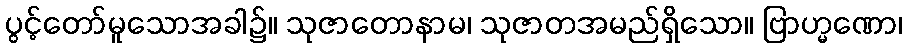
ပွင့်တော်မူသောအခါ၌။ သုဇာတောနာမ၊ သုဇာတအမည်ရှိသော။ ဗြာဟ္မဏော၊